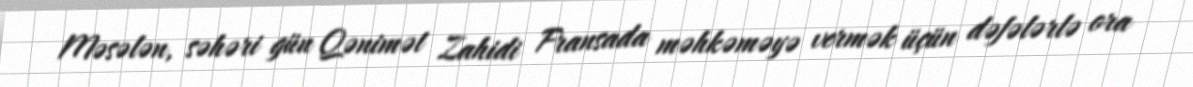
Məsələn, səhəri gün Qənimət Zahidi Fransada məhkəməyə vermək üçün dəfələrlə ora